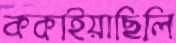
ককাইয়াছিলি